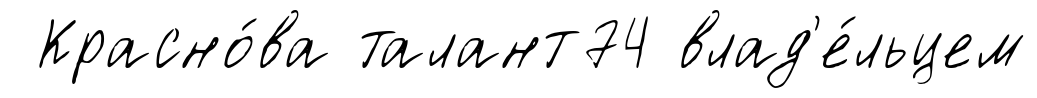
Красно́ва талант74 влад'е́льцем